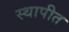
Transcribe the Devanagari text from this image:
स्‍थापीत